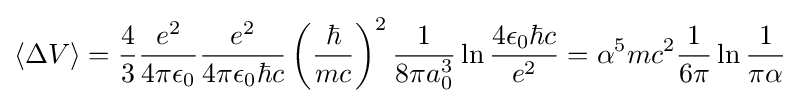
\langle \Delta V\rangle ={\frac {4}{3}}{\frac {e^{2}}{4\pi \epsilon _{0}}}{\frac {e^{2}}{4\pi \epsilon _{0}\hbar c}}\left({\frac {\hbar }{mc}}\right)^{2}{\frac {1}{8\pi a_{0}^{3}}}\ln {\frac {4\epsilon _{0}\hbar c}{e^{2}}}=\alpha ^{5}mc^{2}{\frac {1}{6\pi }}\ln {\frac {1}{\pi \alpha }}